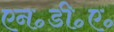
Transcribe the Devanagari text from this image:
एन॰डी॰ए॰